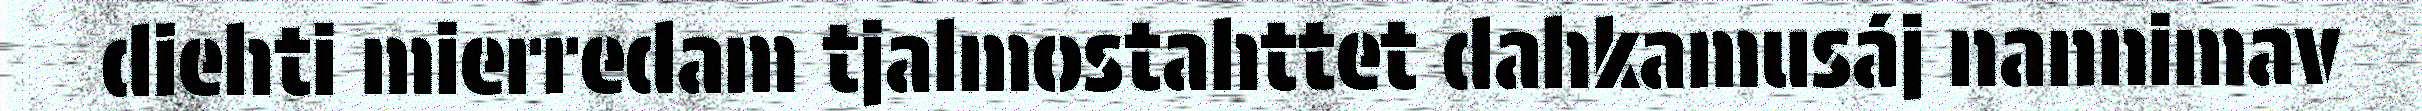
diehti mierredam tjalmostahttet dahkamusáj nannimav